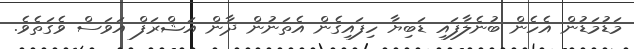
މަޑުމަޑުން އެހެން ބުނެލާފައި ޑަބިޔާ ހިފައިގެން އެތަނުން ދާން އަޝްރަފް އަވަސް ވެގަތެވެ.